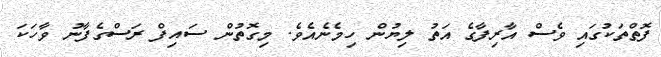
ފޮތްތަކުގައި ވެސް އާރިފާގެ އަތު ލިޔުން ހިމެނެއެވެ. މިގޮތުން ސައިފް ރަސްގެފާނު ވާހަކަ